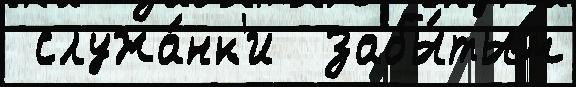
 служа́нк'и  забы́тым